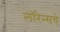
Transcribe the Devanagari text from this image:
लॉरेन्सचे